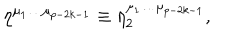
\eta ^ { \mu _ { 1 } \ldots \mu _ { p - 2 k - 1 } } \equiv \eta _ { 2 } ^ { \mu _ { 1 } \ldots \mu _ { p - 2 k - 1 } } ,